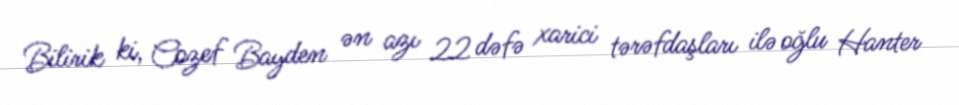
Bilirik ki, Cozef Bayden ən azı 22 dəfə xarici tərəfdaşları ilə oğlu Hanter